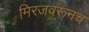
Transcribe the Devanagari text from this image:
मिरजवरूनच